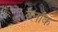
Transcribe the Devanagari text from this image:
ब्लाॅक